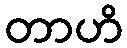
တာဟိ